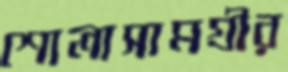
শোলাসামগ্রীর